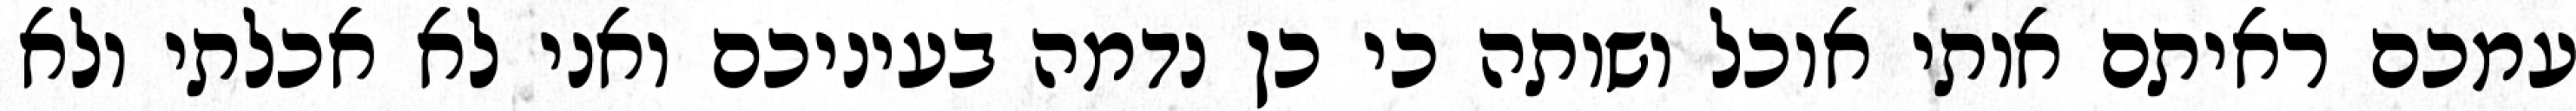
עמכם ראיתם אותי אוכל ושותה כי כן נדמה בעיניכם ואני לא אכלתי ולא